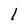
Character: l